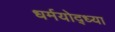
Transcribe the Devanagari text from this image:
धर्मयोद्ध्या